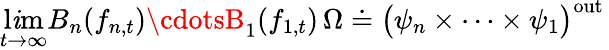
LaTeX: \operatorname*{l\mathit{i}m}_{t\rightarrow\infty}B_{n}(f_{n,t})\cdotsB_{1}(f_{1,t})\, \Omega\doteq\big(\psi_{n}\times\cdots\times\psi_{1}\big)^{\mathrm{{out}}}\,